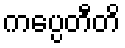
ကပ္ပေတီတိ